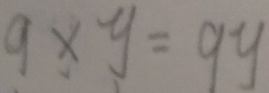
9 \times y = 9 y